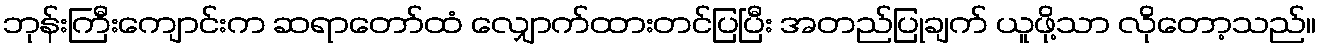
ဘုန်းကြီးကျောင်းက ဆရာတော်ထံ လျှောက်ထားတင်ပြပြီး အတည်ပြုချက် ယူဖို့သာ လိုတော့သည်။